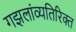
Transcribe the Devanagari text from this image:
गझलांव्यतिरिक्त